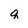
Character: q